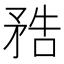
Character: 𥍱